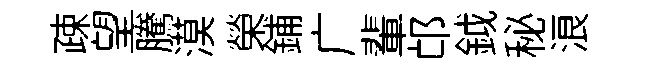
疎望騰漠榮鋪广輩邙鉞秘浪